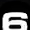
Digit: 6